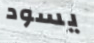
يسود